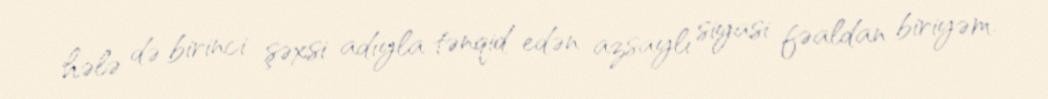
hələ də birinci şəxsi adıyla tənqid edən azsaylı siyasi fəaldan biriyəm.